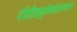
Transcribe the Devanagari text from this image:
पॉलीहाइड्रोक्सीअल्केनोएट